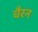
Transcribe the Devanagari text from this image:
चैरन